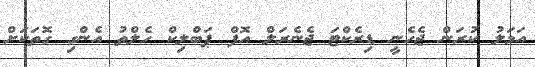
އަމަލު ކުރަން ޖެހެނީ ޑިރެކްޓަ ޖެނެރަލް އޮފް ޕަބްލިކް ހެލްތު އެންގި ގޮތަކަށް